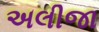
અલીજા